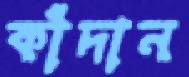
কাঁদান